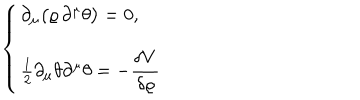
\left\{ \begin{array} { c } { { \partial _ { \mu } \big ( \varrho \, \partial ^ { \mu } \theta \big ) = 0 , \hfill } } \\ { { \frac { 1 } { 2 } \partial _ { \mu } \theta \partial ^ { \mu } \theta = - \displaystyle \frac { \delta V } { \delta \varrho } } } \\ \end{array} \right.